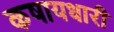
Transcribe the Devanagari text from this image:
कषायधारी